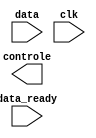
module ir_encoder(
	input [7:0]data,
	input data_ready,
	input clk,
	output [3:0]controle
);

reg [3:0]temp;

endmodule